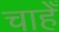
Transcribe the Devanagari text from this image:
चाहेँ